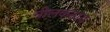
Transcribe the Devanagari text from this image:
नीलकंठाय